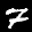
Label: 7